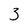
Character: 3